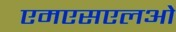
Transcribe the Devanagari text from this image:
एमएसएलओ